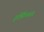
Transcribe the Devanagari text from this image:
हर्मिप्पस